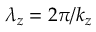
\lambda _ { z } = { 2 \pi } / { k _ { z } }